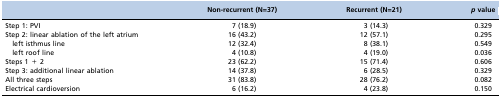
<table><thead><tr><td></td><td><b>Non-recurrent (N=37)</b></td><td><b>Recurrent (N=21)</b></td><td><b><i>p</i> value</b></td></tr></thead><tbody><tr><td>Step 1: PVI</td><td>7 (18.9)</td><td>3 (14.3)</td><td>0.329</td></tr><tr><td>Step 2: linear ablation of the left atrium</td><td>16 (43.2)</td><td>12 (57.1)</td><td>0.295</td></tr><tr><td> left isthmus line</td><td>12 (32.4)</td><td>8 (38.1)</td><td>0.549</td></tr><tr><td> left roof line</td><td>4 (10.8)</td><td>4 (19.0)</td><td>0.036</td></tr><tr><td>Steps 1 + 2</td><td>23 (62.2)</td><td>15 (71.4)</td><td>0.606</td></tr><tr><td>Step 3: additional linear ablation</td><td>14 (37.8)</td><td>6 (28.5)</td><td>0.329</td></tr><tr><td>All three steps</td><td>31 (83.8)</td><td>28 (76.2)</td><td>0.082</td></tr><tr><td>Electrical cardioversion</td><td>6 (16.2)</td><td>4 (23.8)</td><td>0.150</td></tr></tbody></table>